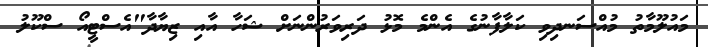
މައުލޫމާތު މުއްސަނދިވި ކަލާފާނުގެ އެންމެ މޮޅު ދަރިވަރުންނަށް ޝަހާ އާއި ޒިޔާދާ"އެސްޓީއޯ ސްކޫލު